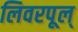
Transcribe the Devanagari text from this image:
लिवरपूल्